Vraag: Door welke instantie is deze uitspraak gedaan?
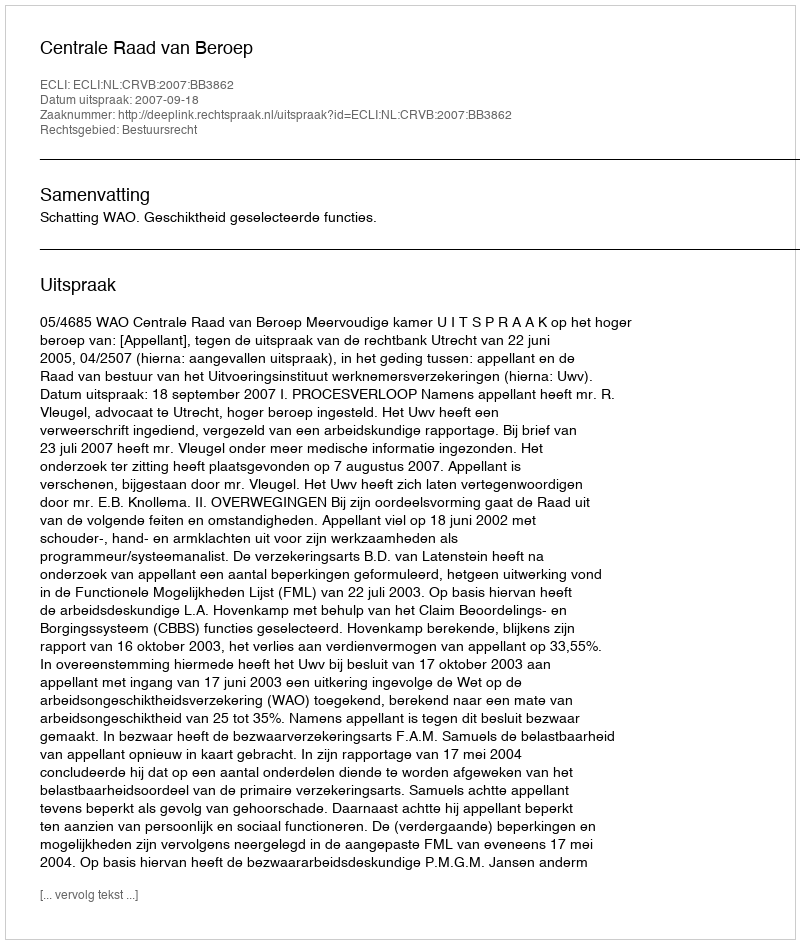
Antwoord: Centrale Raad van Beroep